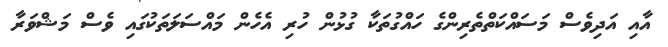
އާއި އަދިވެސް މަސައްކަތްތެރިންގެ ހައްގުތަކާ ގުޅުން ހުރި އެހެން މައްސަލަތަކުގައި ވެސް މަޝްވަރާ